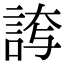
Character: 𮘊